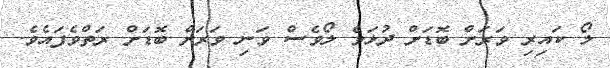
ލޯ ކައިރި ވަރަށް ބޮޑަށް ދުޅަވެ ލޯވެސް ވަނި ވަރަށް ބޮޑަށް ރަތްވެފައެވެ.